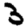
Digit: 3